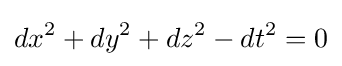
dx^{2}+dy^{2}+dz^{2}-dt^{2}=0